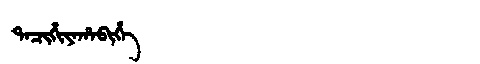
Manchu: ᡨᠠᠴᡳᡥᡳᠶᠠᡥᠠᠪᡳᡥᡝ
Romanization: TACIHIYAHABIHE